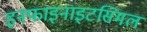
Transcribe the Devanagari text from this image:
इनफाइनाइटसिमल